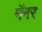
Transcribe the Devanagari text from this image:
मॅनर